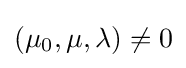
(\mu _{0},\mu ,\lambda )\neq 0